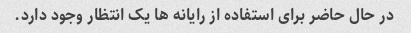
در حال حاضر برای استفاده از رایانه ها یک انتظار وجود دارد.